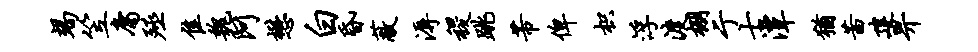
竭笠庸殛隹魏阿懋白昏蔽溽稷跳芾俾枳浮渡棚亍士潭犹茜建畀